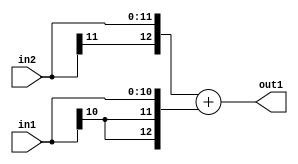
`timescale 1ps / 1ps
/*****************************************************************************
    Verilog RTL Description
    
    
    Created by: Stratus DpOpt 2019.1.01 
*******************************************************************************/

module DC_Filter_Add_12Sx11S_13S_4 (
	in2,
	in1,
	out1
	); /* architecture "behavioural" */ 
input [11:0] in2;
input [10:0] in1;
output [12:0] out1;
wire [12:0] asc001;

assign asc001 = 
	+({in2[11], in2})
	+({{2{in1[10]}}, in1});

assign out1 = asc001;
endmodule

/* CADENCE  ubX1Qws= : u9/ySgnWtBlWxVPRXgAZ4Og= ** DO NOT EDIT THIS LINE ******/